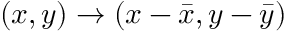
( x , y ) \to ( x - { \bar { x } } , y - { \bar { y } } )